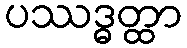
ပဿဒ္ဓတ္ထာ